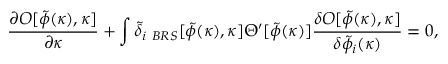
{ \frac { \partial { \cal O } [ \tilde { \phi } ( \kappa ) , \kappa ] } { \partial \kappa } } + \int \tilde { \delta } _ { i \ B R S } [ \tilde { \phi } ( \kappa ) , \kappa ] \Theta ^ { \prime } [ \tilde { \phi } ( \kappa ) ] { \frac { \delta { \cal O } [ \tilde { \phi } ( \kappa ) , \kappa ] } { \delta \tilde { \phi } _ { i } ( \kappa ) } } = 0 ,